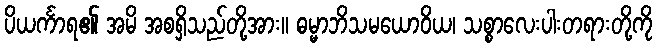
ပိယင်္ကာရ၏ အမိ အစရှိသည်တို့အား။ ဓမ္မာဘိသမယောဝိယ၊ သစ္စာလေးပါးတရားတို့ကို